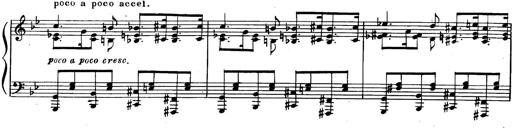
Title: Trauervorspiel und Trauermarsch
Composer: Franz Liszt